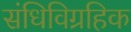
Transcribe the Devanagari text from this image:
संधिविग्रहिक